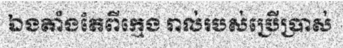
ឯងតាំងតែពីក្មេង រាល់របស់ប្រើប្រាស់